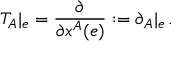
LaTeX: T _ { A } | _ { e } = \frac { \partial } { \partial x ^ { A } ( e ) } : = \partial _ { A } | _ { e } \, .